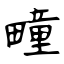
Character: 疃